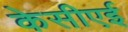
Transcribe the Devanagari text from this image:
केसीएई